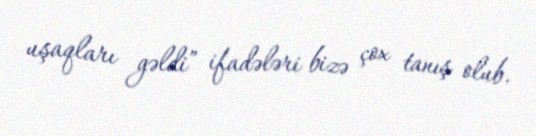
uşaqları gəldi” ifadələri bizə çox tanış olub.